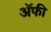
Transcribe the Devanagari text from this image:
अॅफी